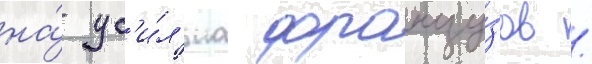
на́ ус'и́л'иа францу́зов /